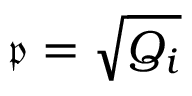
{ \mathfrak { p } } = { \sqrt { Q _ { i } } }